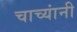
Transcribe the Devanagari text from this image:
चाच्यांनी